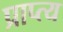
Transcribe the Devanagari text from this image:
प्राप्त्य